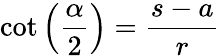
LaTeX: \cot\left({\frac{\alpha}{2}}\right)={\frac{s-a}{r}}